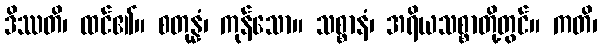
ဒိဿတိ၊ ထင်၏။ စတုန္နံ၊ ကုန်သော။ သစ္စာနံ၊ အရိယသစ္စာတို့တွင်။ ကတိ၊